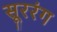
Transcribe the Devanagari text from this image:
सूररंग